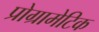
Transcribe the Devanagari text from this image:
प्रोग्रामेटिक